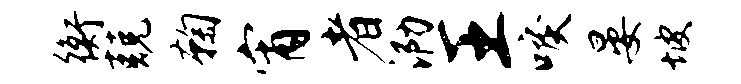
衡兢鞠宵者泐王唳晏坡